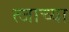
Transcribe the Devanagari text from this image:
त्जाच्या